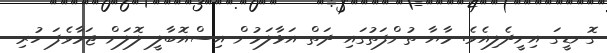
ގޮނޑީގަ އިށީދެލިއެވެ. މާޔާ ތުންފަތުގައި ދަތް އަޅާލަމުން އިސްއޮބާލީ ލޮލަށް ޖަމާވެފަ ހުރި